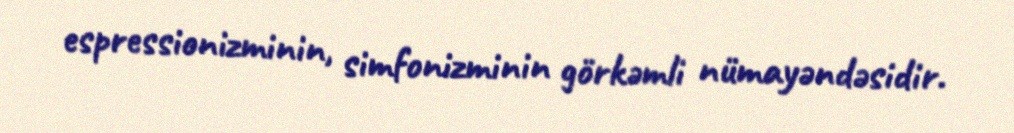
espressionizminin, simfonizminin görkəmli nümayəndəsidir.